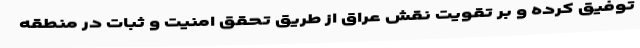
توفیق کرده و بر تقویت نقش عراق از طریق تحقق امنیت و ثبات در منطقه